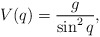
\begin{align*} V(q) = \frac{g}{\sin^2 q},\end{align*}